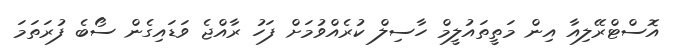
އޮސްޓްރޭލިއާ އިން މަތީތައުލީމް ހާސިލް ކުރެއްވުމަށް ފަހު ރާއްޖެ ވަޑައިގެން ސޯބެ ފުރަތަމަ